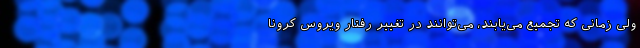
ولی زمانی که تجمیع می‌یابند، می‌توانند در تغییر رفتار ویروس کرونا